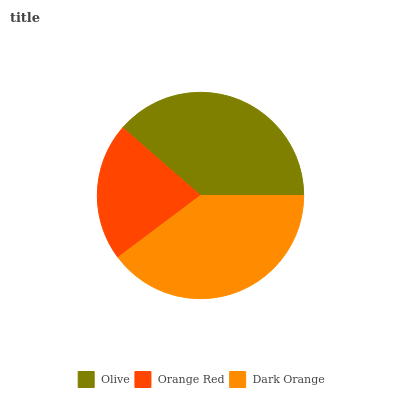
| Olive | Orange Red | Dark Orange |
 | --- | --- | --- |
 | 38.6% | 21.6% | 39.7% |